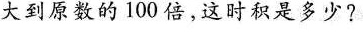
大到原数的100倍，这时积是多少?